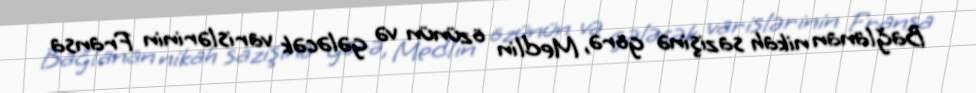
Bağlanan nikah sazişinə görə, Medlin özünün və gələcək varislərinin Fransa